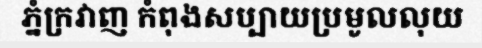
ភ្នំក្រវាញ កំពុងសប្បាយប្រមូលលុយ